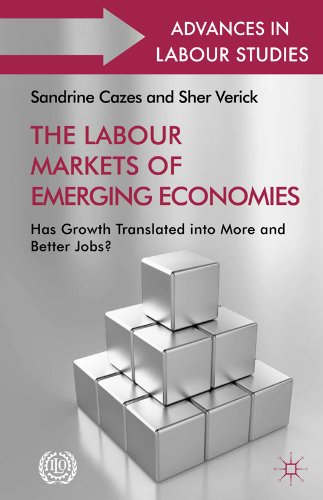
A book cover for The Labour Markets of Emerging Economies: Has Growth Translated into More and Better Jobs? (Advances in Labour Studies); Business & Money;